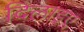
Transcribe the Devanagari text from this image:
दिलाइए